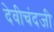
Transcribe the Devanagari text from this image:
देवीचंदजी